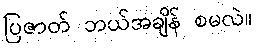
ပြဇာတ် ဘယ်အချိန် စမလဲ။